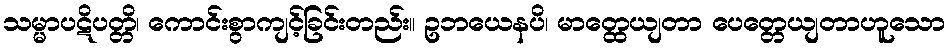
သမ္မာပဋိပတ္တိ၊ ကောင်းစွာကျင့်ခြင်းတည်း။ ဥဘယေနပိ၊ မာတ္ထေယျတာ ပေတ္တေယျတာဟူသော